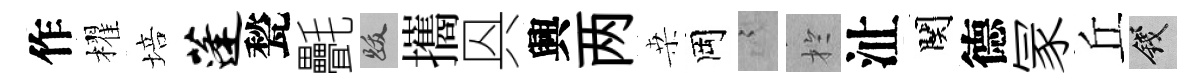
作櫂培蓬甃㲲跋攜㒷興两桒岡謭扵沚関德冡丘錢